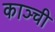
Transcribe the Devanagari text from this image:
काञ्ची